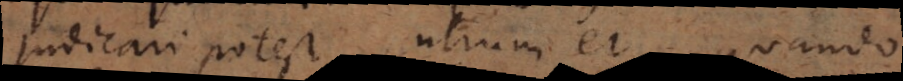
judicari potest, utrum et quando